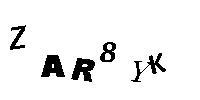
ZAR8YK